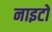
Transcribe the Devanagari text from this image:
नाइटों